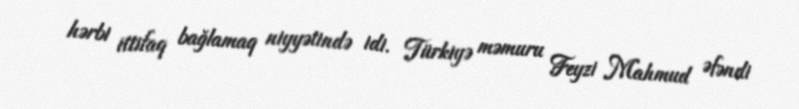
hərbi ittifaq bağlamaq niyyətində idi. Türkiyə məmuru Feyzi Mahmud Əfəndi